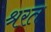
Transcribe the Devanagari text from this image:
श्ररत